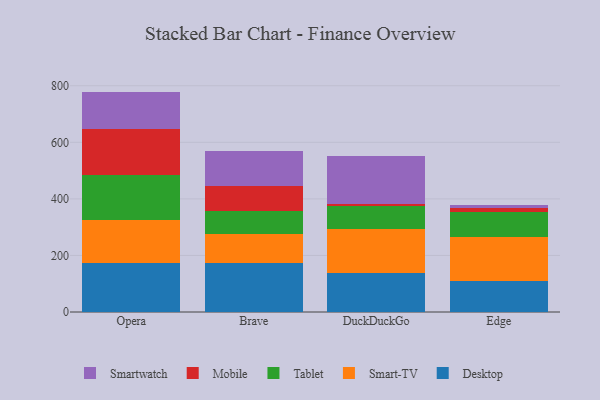
{"axis": {"x": "Browser", "y": "Gross Profit (USD K)"}, "legend": ["Desktop", "Mobile", "Smart-TV", "Smartwatch", "Tablet"], "data": [{"x": "Opera", "y": 173.5, "type": "Desktop"}, {"x": "Opera", "y": 153.6, "type": "Smart-TV"}, {"x": "Opera", "y": 158.4, "type": "Tablet"}, {"x": "Opera", "y": 160.1, "type": "Mobile"}, {"x": "Opera", "y": 133.8, "type": "Smartwatch"}, {"x": "Brave", "y": 171.7, "type": "Desktop"}, {"x": "Brave", "y": 103.8, "type": "Smart-TV"}, {"x": "Brave", "y": 83.2, "type": "Tablet"}, {"x": "Brave", "y": 86.1, "type": "Mobile"}, {"x": "Brave", "y": 122.9, "type": "Smartwatch"}, {"x": "DuckDuckGo", "y": 137.1, "type": "Desktop"}, {"x": "DuckDuckGo", "y": 155.9, "type": "Smart-TV"}, {"x": "DuckDuckGo", "y": 83.2, "type": "Tablet"}, {"x": "DuckDuckGo", "y": 7.1, "type": "Mobile"}, {"x": "DuckDuckGo", "y": 167.3, "type": "Smartwatch"}, {"x": "Edge", "y": 107.9, "type": "Desktop"}, {"x": "Edge", "y": 156.7, "type": "Smart-TV"}, {"x": "Edge", "y": 89.9, "type": "Tablet"}, {"x": "Edge", "y": 13.8, "type": "Mobile"}, {"x": "Edge", "y": 10.9, "type": "Smartwatch"}]}